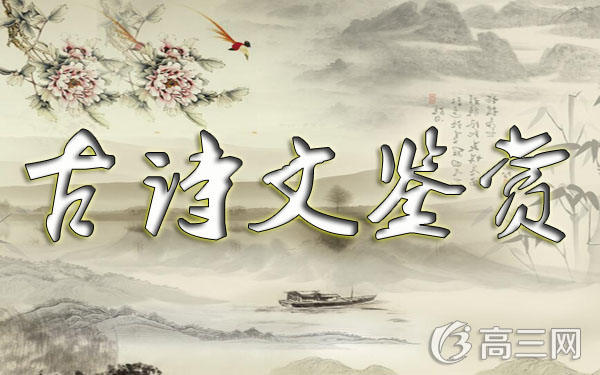
系我一生心，负你千行泪。